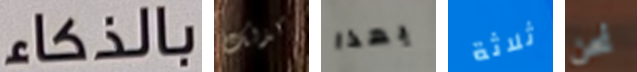
بالذكاء كذلك بهذا ثلاثة نحن